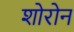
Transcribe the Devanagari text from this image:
शोरोन